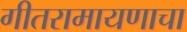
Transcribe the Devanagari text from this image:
गीतरामायणाचा